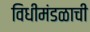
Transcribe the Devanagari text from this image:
विधीमंडळाची